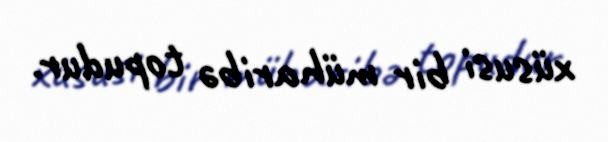
xüsusi bir müharibə topudur.